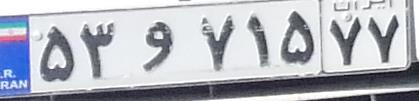
۵۳و۷۱۵۷۷